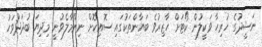
ނަޝީދުގެ ހުރިހާ ވަކީލުން ކޯޓަށް ހާޒިރުވެ ބަޔާންތަކުގައި ސޮއިކޮށް ނިންމާލެވުނީ މިދިޔަ ބުދަދުވަހު